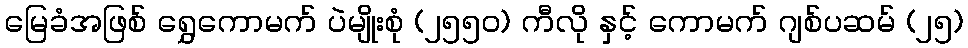
မြေခံအဖြစ် ရွှေကောမက် ပဲမျိုးစုံ (၂၅၅၀) ကီလို နှင့် ကောမက် ဂျစ်ပဆမ် (၂၅)